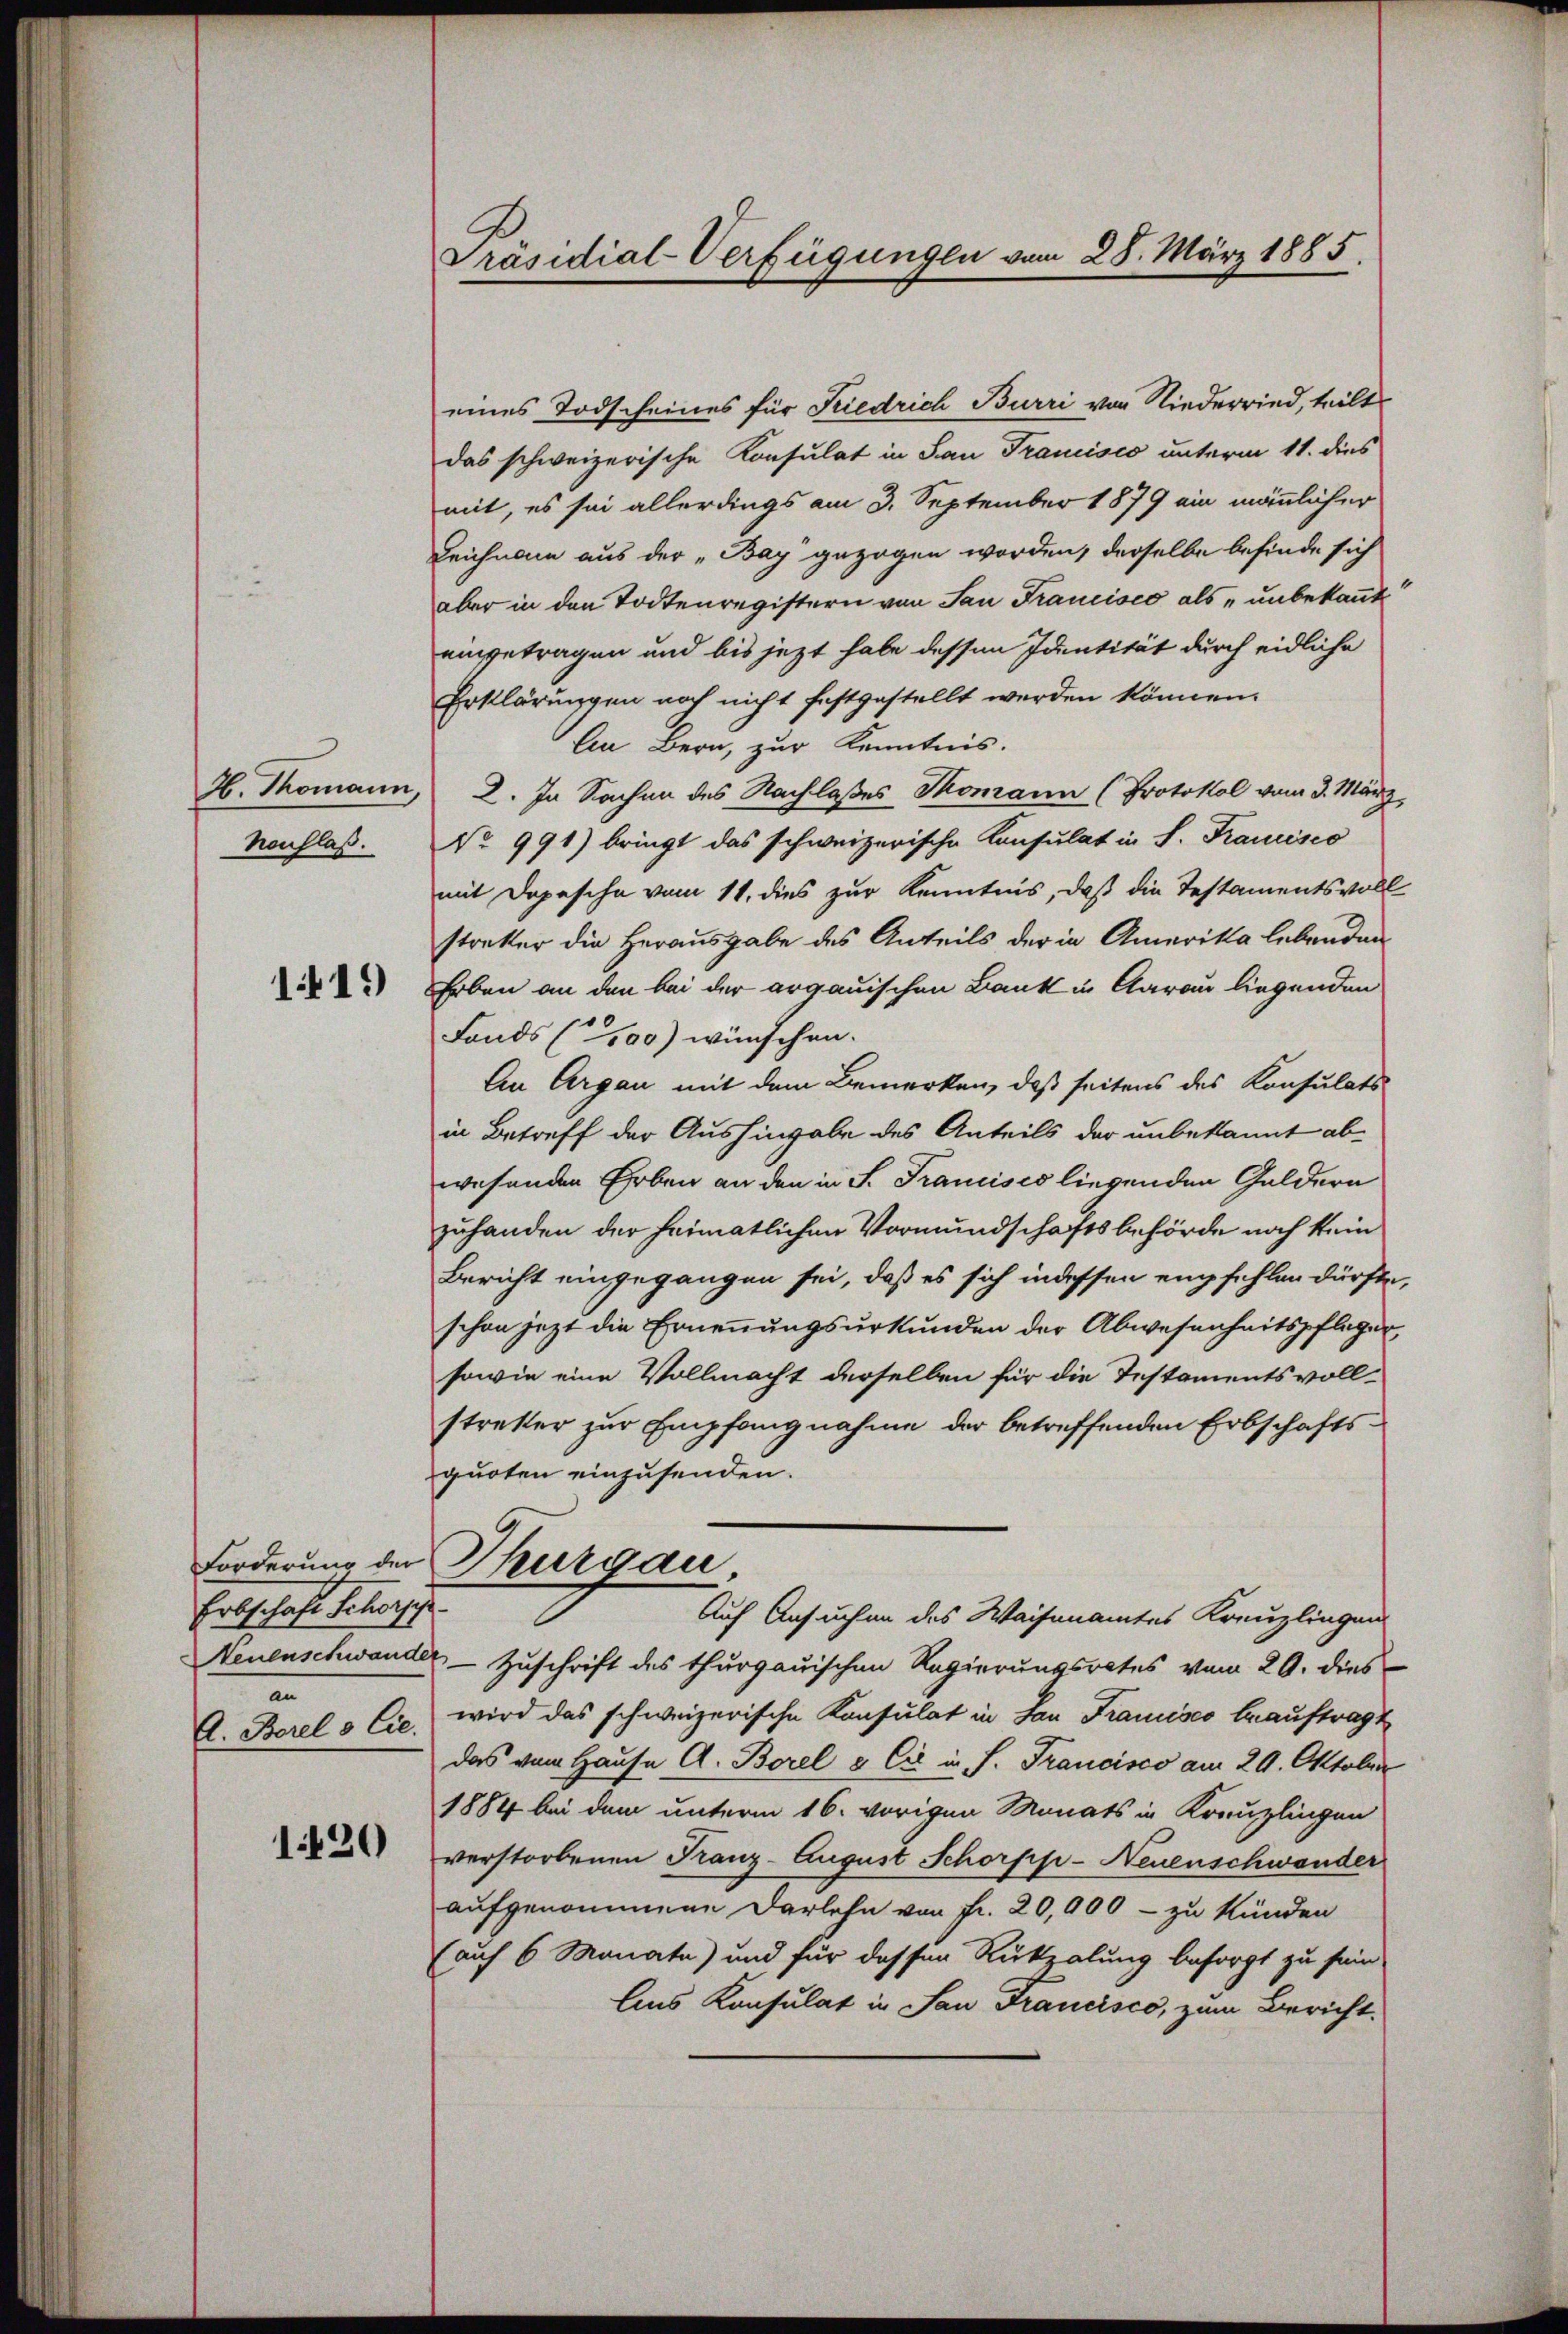
H. Thomann,
Nachlaß.

1419)

Erbschaft Schoische
Neuenschwande
a
A. Borel & Cie.

1420

Präsidial-Verfügungen vom 28. März 1885.

eines Todscheines für Friedrich Burri von Niederried, teilt
das schweizerische Konsulat in San Francisco unterm 11. dies
mit, es sei allerdings am 3. September 1879 ein männlicher
Leichnam aus der „Bay gezogen worden, derselbe befinde sich
aber in den Todtenregistern von San Francisco als unbekannt
eingetragen und bis jezt habe dessen Identität durch eidliche
Erklärungen noch nicht festgestellt werden können.
An Bern, zur Kenntnis.
2. In Sachen des Nachlaßes Thomann (Protokol vom 3. März,
No 991) bringt das schweizerische Konsulat in S. Francisco
mit Depesche vom 11. dies zur Kenntnis, daß die Testamentsvoll
strakter die Herausgabe des Anteils der in Amerika lebenden
Erben an den bei der argauischen Bank in Garan liegenden
Fonds (100) wünschen.
An Argau mit dem Bemerken, daß seitens des Konsulats
in Betreff der Aushingabe des Anteils der unbekannt abwesenden Erben an den in S. Trancisco liegenden Geldern
zuhanden der heimatlichen Vormundschaftsbehörde noch kein
Bericht eingegangen sei, daß es sich indessen empfehlen dürfte,
schon jezt die Ernennungsurkunden der Abwesenheitspfleger
sowie eine Vollmacht derselben für die Testamentsvoll-
stretter zur Empfangnahme der betreffenden Erbschaftsquoten einzusenden.
Forderung der Thurgau,
Auf Ansuchen des Waisenamtes Kreuzlingen
 Zuschrift des thurgauischen Regierungsrates vom 20. dies
wird das schweizerische Konsulat in San Francisco beauftragt
das vom Hause A. Borel & Cie in S. Trancisco am 29. Oktober
1884 bei dem unterm 16. vorigen Monats in Kreuzlingen
verstorbenen Franz-August Schorpp-Neuenschwander
aufgenommene Darlehn von Fr. 20,000 - zu künden
(auf 6 Monate) und für dessen Rükzalung besorgt zu sein
Ans Konsulat in San Francisco, zum Bericht.